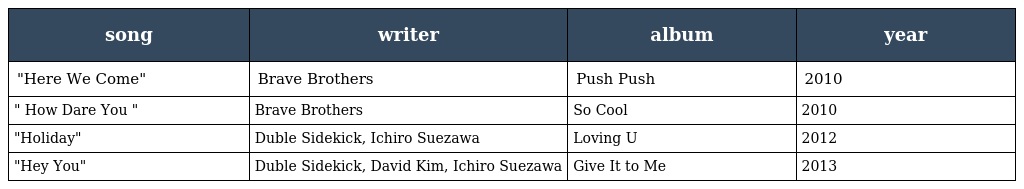
| song | writer | album | year |
 | --- | --- | --- | --- |
 | "Here We Come" | Brave Brothers | Push Push | 2010 |
 | " How Dare You " | Brave Brothers | So Cool | 2010 |
 | "Holiday" | Duble Sidekick, Ichiro Suezawa | Loving U | 2012 |
 | "Hey You" | Duble Sidekick, David Kim, Ichiro Suezawa | Give It to Me | 2013 |